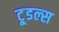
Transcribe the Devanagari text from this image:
टू्डल्स